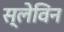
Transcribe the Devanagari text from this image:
स्लेविन